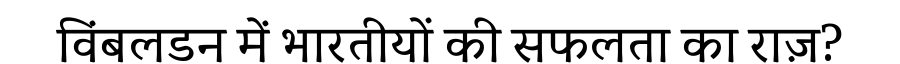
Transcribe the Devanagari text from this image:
विंबलडन में भारतीयों की सफलता का राज़?